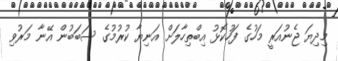
މިދިޔަ ޖެނުއަރީ މަހުގެ ފަހުކޮޅު އިބްތިހާލަށް އަނިޔާ ކުރުމުގެ ސަބަބުން އޭނާ މަރުވި